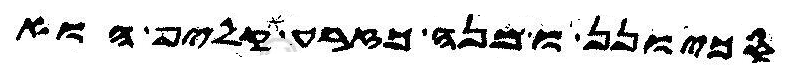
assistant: סכיונן ומנה כזרע קליף הוא